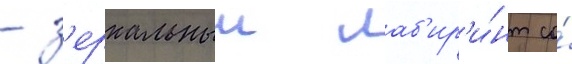
- з'еркальныи лаб'ир'и́нт со́